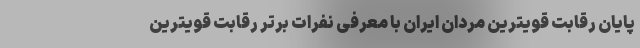
پایان رقابت قویترین مردان ایران با معرفی نفرات برتر رقابت قویترین